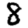
Digit: 8